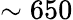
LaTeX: \sim 650